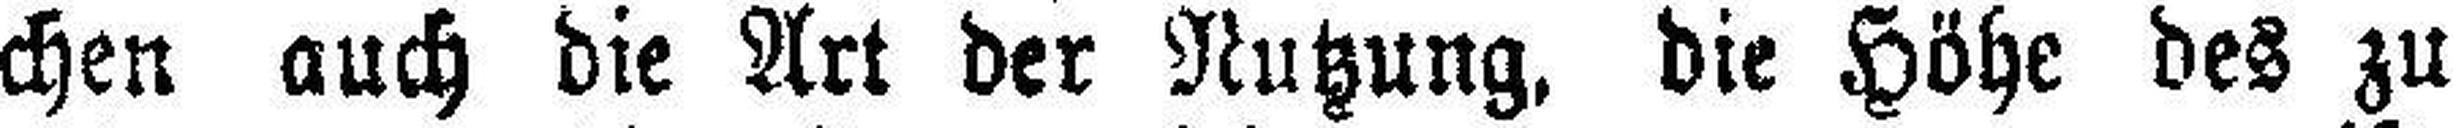
chen auch die Art der Nutzung, die Höhe des zu